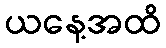
ယနေ့အထိ